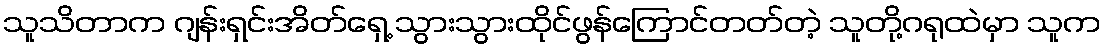
သူသိတာက ဂျန်းရှင်းအိတ်ရှေ့ သွားသွားထိုင်ဖွန်ကြောင်တတ်တဲ့ သူတို့ဂရုထဲမှာ သူက